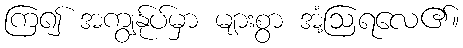
ကြ၍ အကျွန်ုပ်မှာ များစွာ အံ့ဩရလေ၏။